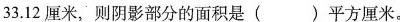
33.12厘米，则阴影部分的面积是( )平方厘米。